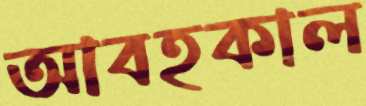
আবহকাল